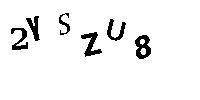
2YSZU8